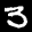
Label: 3